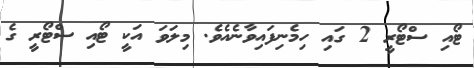
ޓޯއި ސްޓޯރީ 2 ގައި ހިމެނިފައިވާނެއެވެ. މިލަވަ އަކީ ޓޯއި ސްޓޯރީ ގެ